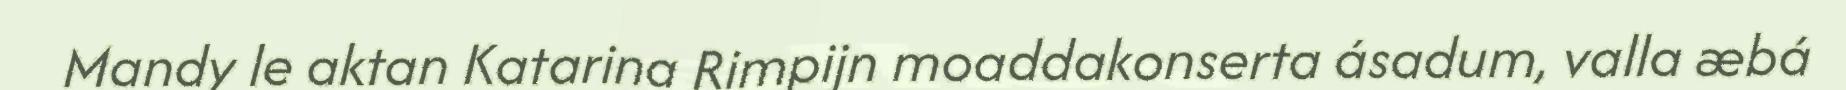
Mandy le aktan Katarina Rimpijn moaddakonserta ásadum, valla æbá